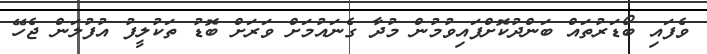
ވެފައި ބޯޑަރުތައް ބަންދުކޮށްފައިވުމުން މުދާ ގެނައުމަށް ވަރަށް ބޮޑު ތަކުލީފު އުފުލަން ޖެހޭ